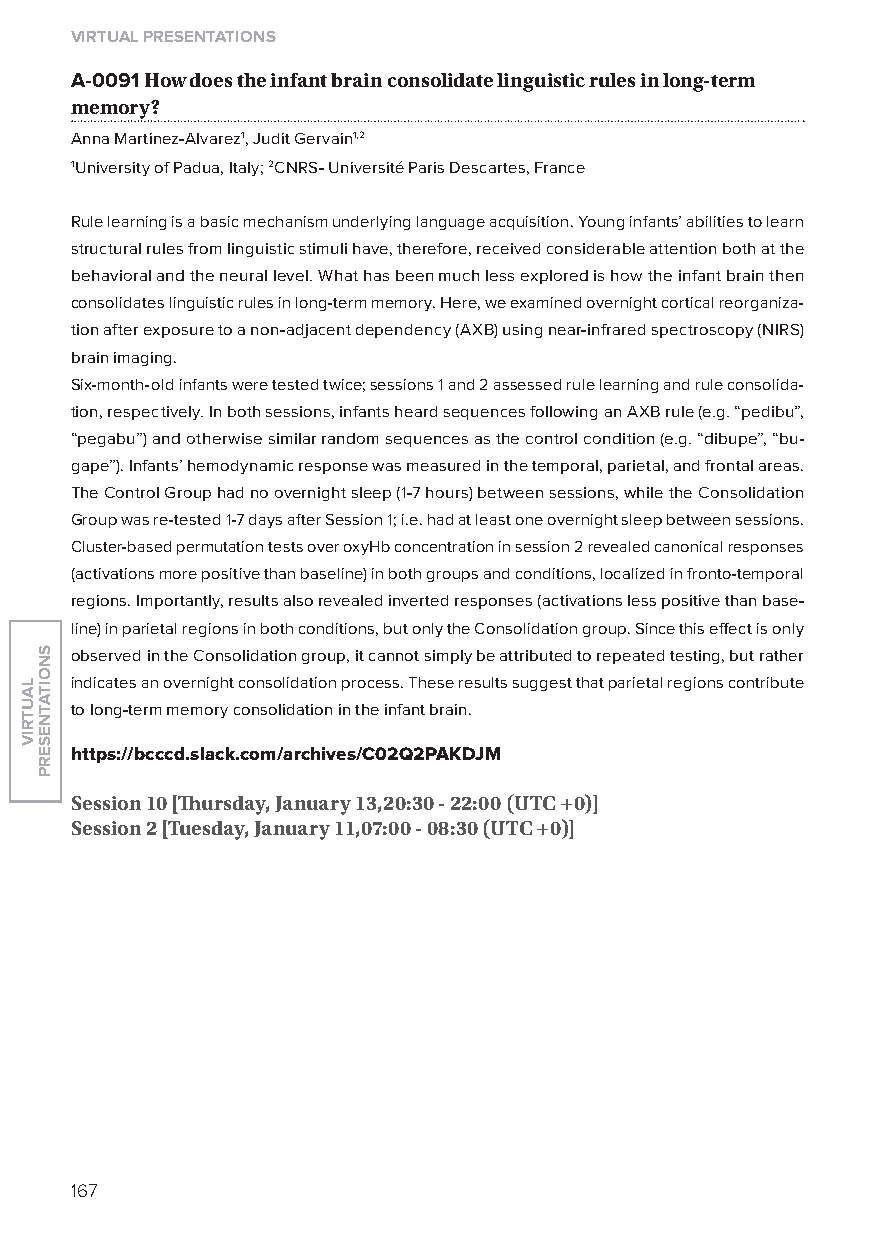
virtual presentations
 A-0091 how does the infant brain consolidate linguistic rules in long-term
 memory?
 Anna Martinez-Alvarez1, Judit Gervain1,2
 1University of Padua, Italy; 2CNRS- Université Paris Descartes, France
 Rule learning is a basic mechanism underlying language acquisition. young infants’ abilities to learn
 structural rules from linguistic stimuli have, therefore, received considerable attention both at the
 behavioral and the neural level. What has been much less explored is how the infant brain then
 consolidates linguistic rules in long-term memory. Here, we examined overnight cortical reorganiza-
 tion after exposure to a non-adjacent dependency (AxB) using near-infrared spectroscopy (NIRS)
 brain imaging.
 Six-month-old infants were tested twice; sessions 1 and 2 assessed rule learning and rule consolida-
 tion, respectively. In both sessions, infants heard sequences following an AxB rule (e.g. “pedibu”,
 “pegabu”) and otherwise similar random sequences as the control condition (e.g. “dibupe”, “bu-
 gape”). Infants’ hemodynamic response was measured in the temporal, parietal, and frontal areas.
 The Control Group had no overnight sleep (1-7 hours) between sessions, while the Consolidation
 Group was re-tested 1-7 days after Session 1; i.e. had at least one overnight sleep between sessions.
 Cluster-based permutation tests over oxyHb concentration in session 2 revealed canonical responses
 (activations more positive than baseline) in both groups and conditions, localized in fronto-temporal
 regions. Importantly, results also revealed inverted responses (activations less positive than base-
 line) in parietal regions in both conditions, but only the Consolidation group. Since this effect is only
 observed in the Consolidation group, it cannot simply be attributed to repeated testing, but rather
 indicates an overnight consolidation process. These results suggest that parietal regions contribute
 to long-term memory consolidation in the infant brain.
 https://bcccd.slack.com/archives/C02Q2pakdJM
 session 10 [Thursday, January 13,20:30 - 22:00 (utC +0)]
 session 2 [tuesday, January 11,07:00 - 08:30 (utC +0)]
 167
 lautriv
 snoitatneserp